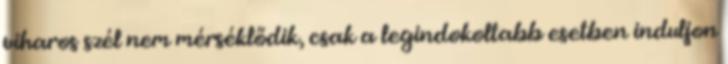
viharos szél nem mérséklődik, csak a legindokoltabb esetben induljon